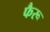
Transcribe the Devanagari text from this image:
फैरू